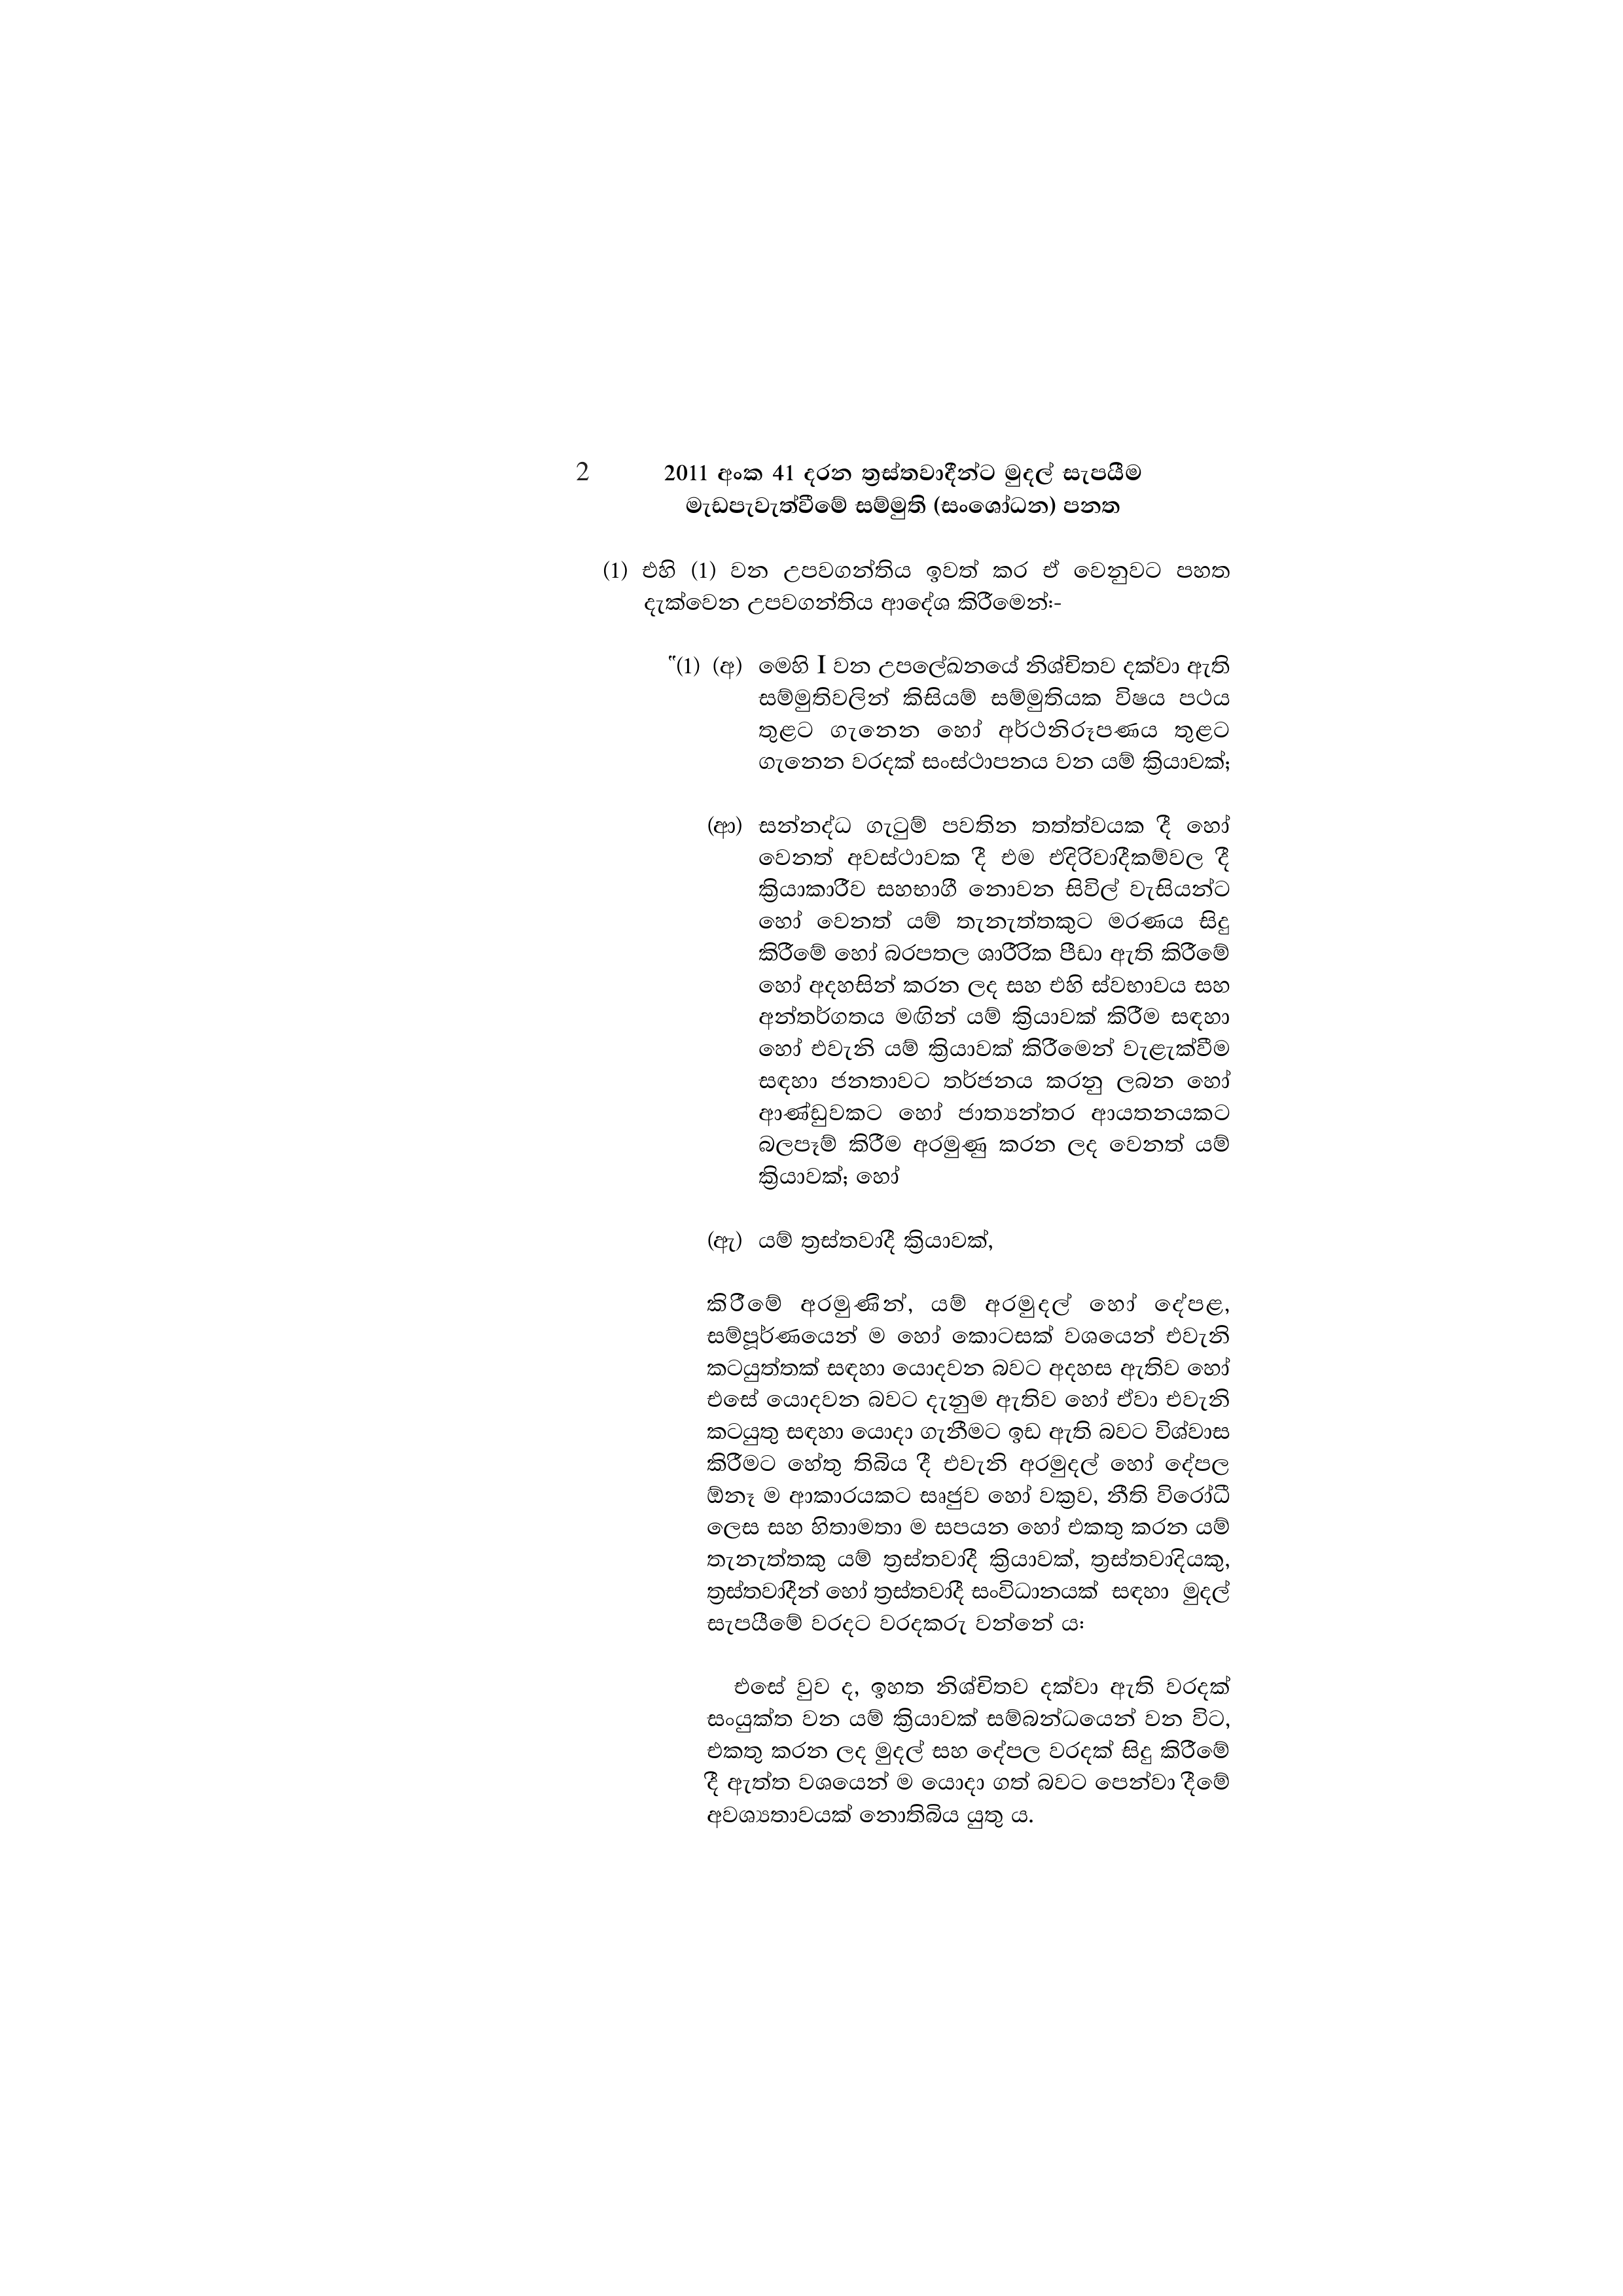
2 2011 අංක 41 දරන ත්‍රස්තවාදීන්ට මුදල් සැපයීම
මැඩපැවැත්වීමේ සම්මුති (සංශෝධන) පනත

(1) එහි (1) වන උපවගන්තිය ඉවත් කර ඒ වෙනුවට පහත
දැක්වෙන උපවගන්තිය ආදේශ කිරීමෙන්:-

"(1) (අ) මෙහි I වන උපලේඛනයේ නිශ්චිතව දක්වා ඇති
සම්මුතිවලින් කිසියම් සම්මුතියක විෂය පථය
තුළට ගැනෙන හෝ අර්ථනිරූපණය තුළට
ගැනෙන වරදක් සංස්ථාපනය වන යම් ක්‍රියාවක්;

(ආ) සන්නද්ධ ගැටුම් පවතින තත්ත්වයක දී හෝ
වෙනත් අවස්ථාවක දී එම එදිරිවාදීකම්වල දී
ක්‍රියාකාරීව සහභාගී නොවන සිවිල් වැසියන්ට
හෝ වෙනත් යම් තැනැත්තකුට මරණය සිදු
කිරීමේ හෝ බරපතල ශාරීරික පීඩා ඇති කිරීමේ
හෝ අදහසින් කරන ලද සහ එහි ස්වභාවය සහ
අන්තර්ගතය මඟින් යම් ක්‍රියාවක් කිරීම සඳහා
හෝ එවැනි යම් ක්‍රියාවක් කිරීමෙන් වැළැක්වීම
සඳහා ජනතාවට තර්ජනය කරනු ලබන හෝ
ආණ්ඩුවකට හෝ ජාත්‍යන්තර ආයතනයකට
බලපෑම් කිරීම අරමුණු කරන ලද වෙනත් යම්
ක්‍රියාවක්; හෝ

(ඇ) යම් ත්‍රස්තවාදී ක්‍රියාවක්,

කිරීමේ අරමුණින්, යම් අරමුදල් හෝ දේපළ,
සම්පූර්ණයෙන් ම හෝ කොටසක් වශයෙන් එවැනි
කටයුත්තක් සඳහා යොදවන බවට අදහස ඇතිව හෝ
එසේ යොදවන බවට දැනුම ඇතිව හෝ ඒවා එවැනි
කටයුතු සඳහා යොදා ගැනීමට ඉඩ ඇති බවට විශ්වාස
කිරීමට හේතු තිබිය දී එවැනි අරමුදල් හෝ දේපල
ඕනෑ ම ආකාරයකට සෘජුව හෝ වක්‍රව, නීති විරෝධී
ලෙස සහ හිතාමතා ම සපයන හෝ එකතු කරන යම්
තැනැත්තකු යම් ත්‍රස්තවාදී ක්‍රියාවක්, ත්‍රස්තවාදියකු,
ත්‍රස්තවාදීන් හෝ ත්‍රස්තවාදී සංවිධානයක් සඳහා මුදල්
සැපයීමේ වරදට වරදකරු වන්නේ ය:

එසේ වුව ද, ඉහත නිශ්චිතව දක්වා ඇති වරදක්
සංයුක්ත වන යම් ක්‍රියාවක් සම්බන්ධයෙන් වන විට,
එකතු කරන ලද මුදල් සහ දේපල වරදක් සිදු කිරීමේ
දී ඇත්ත වශයෙන් ම යොදා ගත් බවට පෙන්වා දීමේ
අවශ්‍යතාවයක් නොතිබිය යුතු ය.